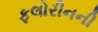
ફલોરીનની